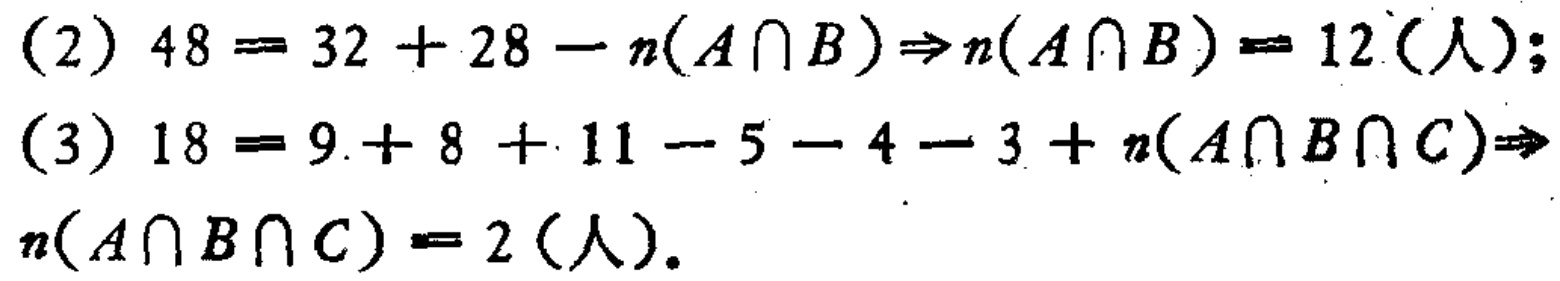
(2) \(48 = 32 + 28 - n(A\cap B)\Rightarrow n(A\cap B)=12(\text{人})\);

(3) \(18 = 9 + 8 + 11 - 5 - 4 - 3 + n(A\cap B\cap C)\Rightarrow\)

\(n(A\cap B\cap C)=2(\text{人})\).